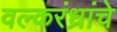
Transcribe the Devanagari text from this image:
वल्करंध्रांचे